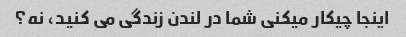
اینجا چیکار میکنی شما در لندن زندگی می کنید، نه؟